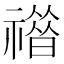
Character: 𥛾